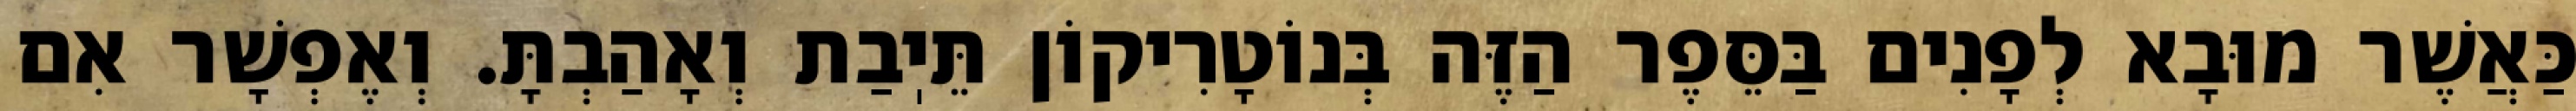
כַּאֲשֶׁר מוּבָא לְפָנִים בַּסֵּפֶר הַזֶּה בְּנוֹטָרִיקוֹן תֵּיֽבַת וְאָהַבְתָּ. וְאֶפְשָׁר אִם